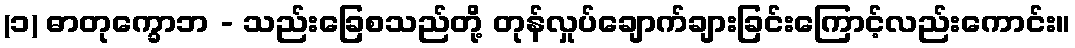
(၁) ဓာတုက္ခောဘ - သည်းခြေစသည်တို့ တုန်လှုပ်ချောက်ချားခြင်းကြောင့်လည်းကောင်း။